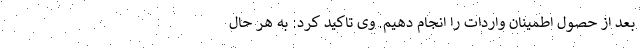
بعد از حصول اطمینان واردات را انجام دهیم. وی تاکید کرد: به هر حال